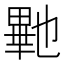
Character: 𭻠